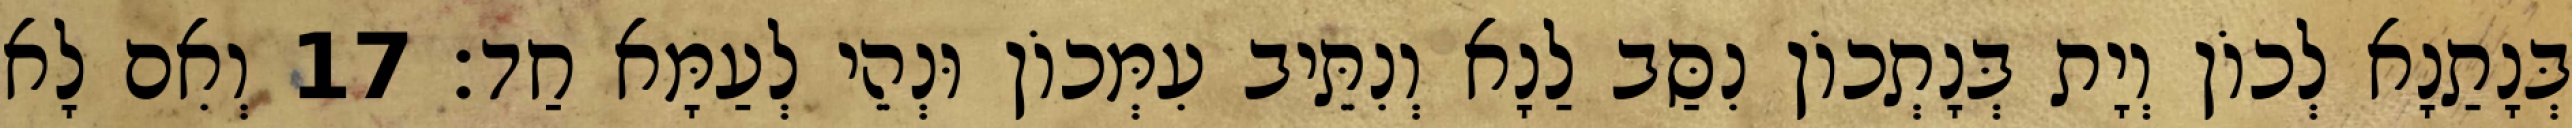
בְּנָתַנָא לְכוֹן וְיָת בְּנָתְכוֹן נִסַּב לַנָא וְנִתֵּיב עִמְּכוֹן וּנְהֵי לְעַמָּא חַד׃ 17 וְאִם לָא